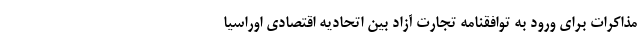
مذاکرات برای ورود به توافقنامه تجارت آزاد بین اتحادیه اقتصادی اوراسیا